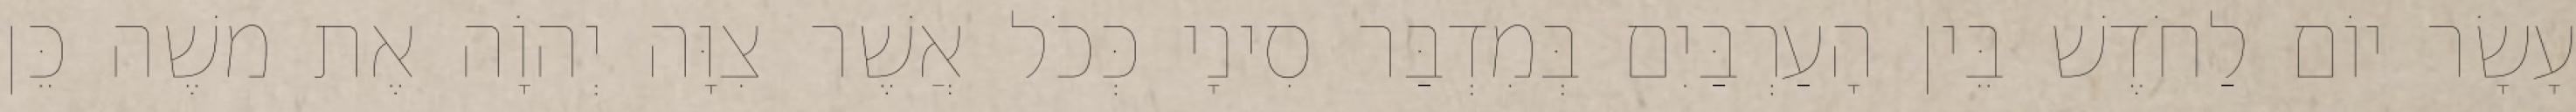
עָשָׂר יוֹם לַחֹדֶשׁ בֵּין הָעַרְבַּיִם בְּמִדְבַּר סִינָי כְּכֹל אֲשֶׁר צִוָּה יְהוָֹה אֶת משֶׁה כֵּן